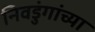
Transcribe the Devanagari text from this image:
निवडुंगांच्या